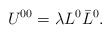
\begin{align*}U^{00} = \lambda L^0 \bar{L}^0.\end{align*}